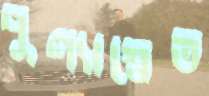
পুণ্যাশ্বেত